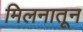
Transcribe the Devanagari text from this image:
मिलनातून